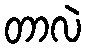
တာလဲ